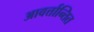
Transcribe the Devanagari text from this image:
आवर्त्तान्तित